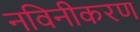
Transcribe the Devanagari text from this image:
नविनीकरण